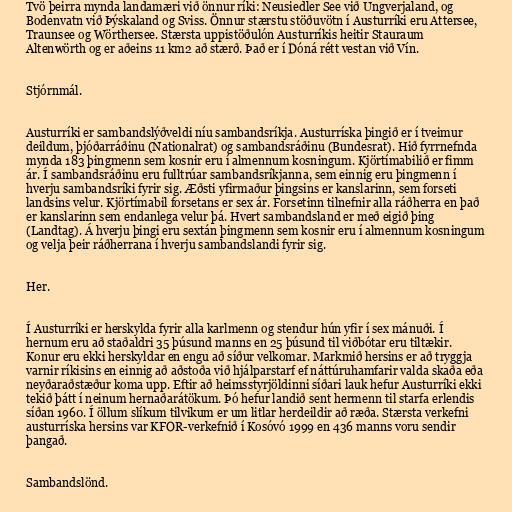
Tvö þeirra mynda landamæri við önnur ríki: Neusiedler See við Ungverjaland, og
Bodenvatn við Þýskaland og Sviss. Önnur stærstu stöðuvötn í Austurríki eru Attersee,
Traunsee og Wörthersee. Stærsta uppistöðulón Austurríkis heitir Stauraum
Altenwörth og er aðeins 11 km2 að stærð. Það er í Dóná rétt vestan við Vín.

Stjórnmál.

Austurríki er sambandslýðveldi níu sambandsríkja. Austurríska þingið er í tveimur
deildum, þjóðarráðinu (Nationalrat) og sambandsráðinu (Bundesrat). Hið fyrrnefnda
mynda 183 þingmenn sem kosnir eru í almennum kosningum. Kjörtímabilið er fimm
ár. Í sambandsráðinu eru fulltrúar sambandsríkjanna, sem einnig eru þingmenn í
hverju sambandsríki fyrir sig. Æðsti yfirmaður þingsins er kanslarinn, sem forseti
landsins velur. Kjörtímabil forsetans er sex ár. Forsetinn tilnefnir alla ráðherra en það
er kanslarinn sem endanlega velur þá. Hvert sambandsland er með eigið þing
(Landtag). Á hverju þingi eru sextán þingmenn sem kosnir eru í almennum kosningum
og velja þeir ráðherrana í hverju sambandslandi fyrir sig.

Her.

Í Austurríki er herskylda fyrir alla karlmenn og stendur hún yfir í sex mánuði. Í
hernum eru að staðaldri 35 þúsund manns en 25 þúsund til viðbótar eru tiltækir.
Konur eru ekki herskyldar en engu að síður velkomar. Markmið hersins er að tryggja
varnir ríkisins en einnig að aðstoða við hjálparstarf ef náttúruhamfarir valda skaða eða
neyðaraðstæður koma upp. Eftir að heimsstyrjöldinni síðari lauk hefur Austurríki ekki
tekið þátt í neinum hernaðarátökum. Þó hefur landið sent hermenn til starfa erlendis
síðan 1960. Í öllum slíkum tilvikum er um litlar herdeildir að ræða. Stærsta verkefni
austurríska hersins var KFOR-verkefnið í Kosóvó 1999 en 436 manns voru sendir
þangað.

Sambandslönd.